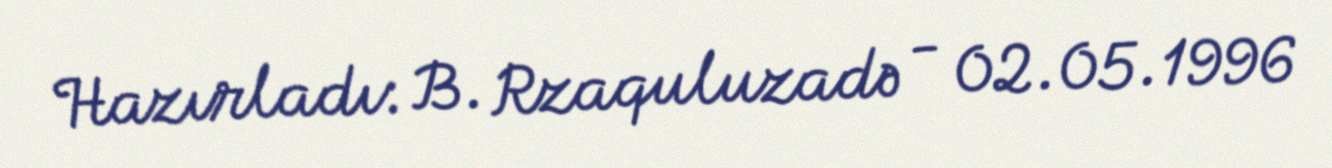
Hazırladı: B. Rzaquluzadə - 02.05.1996